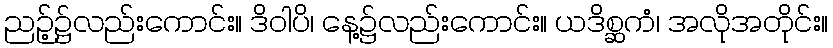
ညဉ့်၌လည်းကောင်း။ ဒိဝါပိ၊ နေ့၌လည်းကောင်း။ ယဒိစ္ဆကံ၊ အလိုအတိုင်း။